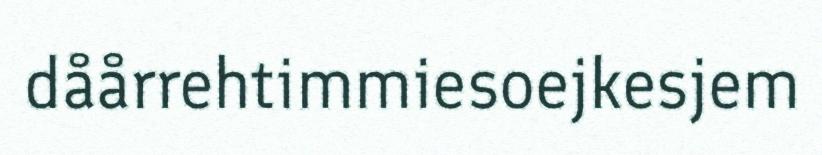
dåårrehtimmiesoejkesjem